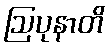
ဩပုနာတိ